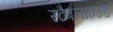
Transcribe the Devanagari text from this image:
स्टैबलाइज्ड